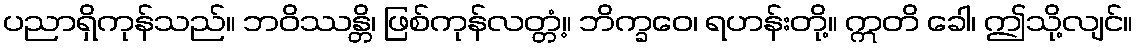
ပညာရှိကုန်သည်။ ဘဝိဿန္တိ၊ ဖြစ်ကုန်လတ္တံ့။ ဘိက္ခဝေ၊ ရဟန်းတို့။ ဣတိ ခေါ၊ ဤသို့လျင်။